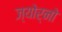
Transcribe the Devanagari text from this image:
ज्योर्नो